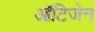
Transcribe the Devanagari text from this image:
ऑटिजेन